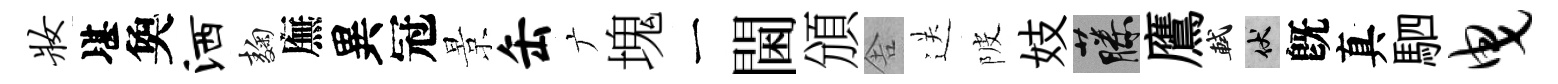
妆堪奐洒麹廡異冠景缶广塊一閫頒舎送陂妓藤鷹軾伏旣真駟曳